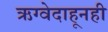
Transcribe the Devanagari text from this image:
ऋग्वेदाहूनही